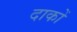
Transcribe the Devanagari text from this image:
दाकों